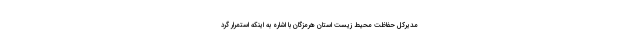
مدیرکل حفاظت محیط زیست استان هرمزگان با اشاره به اینکه استمرار گرد